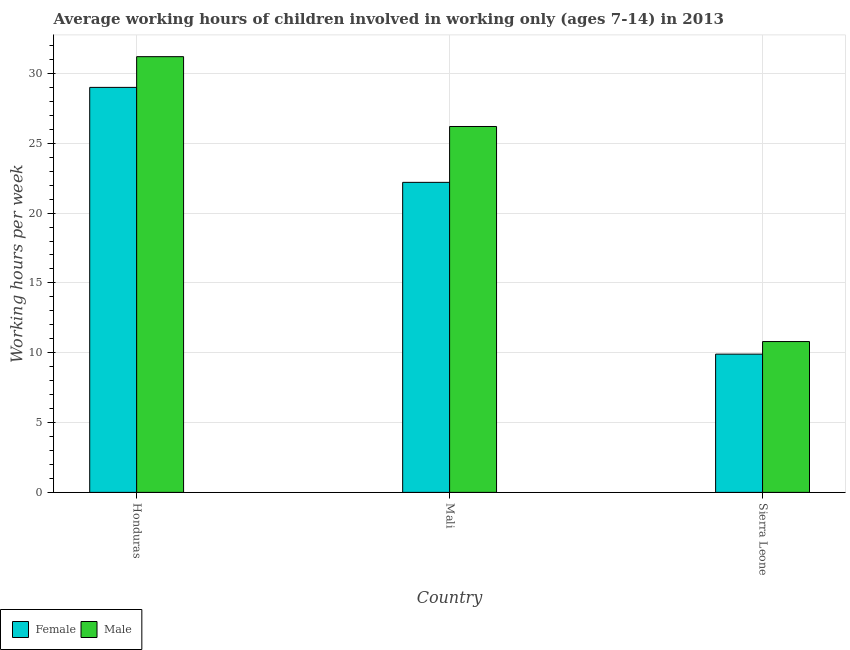
| Country | Female | Male |
 | --- | --- | --- |
 | Honduras | 29 | 31.2 |
 | Mali | 22.2 | 26.2 |
 | Sierra Leone | 9.9 | 10.8 |